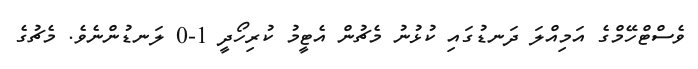
ވެސްޓްހޭމްގެ އަމިއްލަ ދަނޑުގައި ކުޅުނު މެޗުން އެޓީމު ކުރިހޯދީ 1-0 ލަނޑުންނެވެ. މެޗުގެ